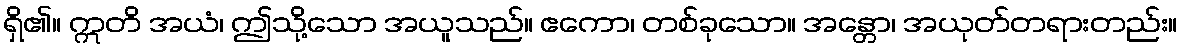
ရှိ၏။ ဣတိ အယံ၊ ဤသို့သော အယူသည်။ ဧကော၊ တစ်ခုသော။ အန္တော၊ အယုတ်တရားတည်း။